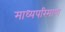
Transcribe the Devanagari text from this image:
माध्यपरिमाण